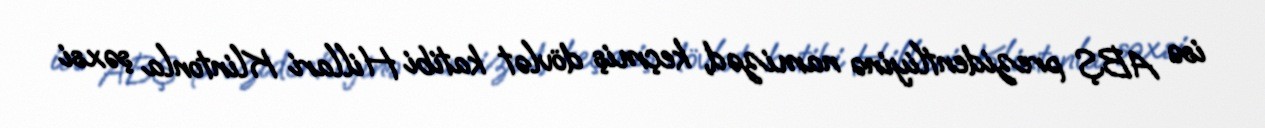
isə ABŞ prezidentliyinə namizəd, keçmiş dövlət katibi Hillari Klintonla şəxsi